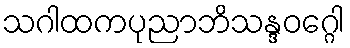
သဂါထကပုညာဘိသန္ဒဝဂ္ဂေါ